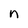
Character: n